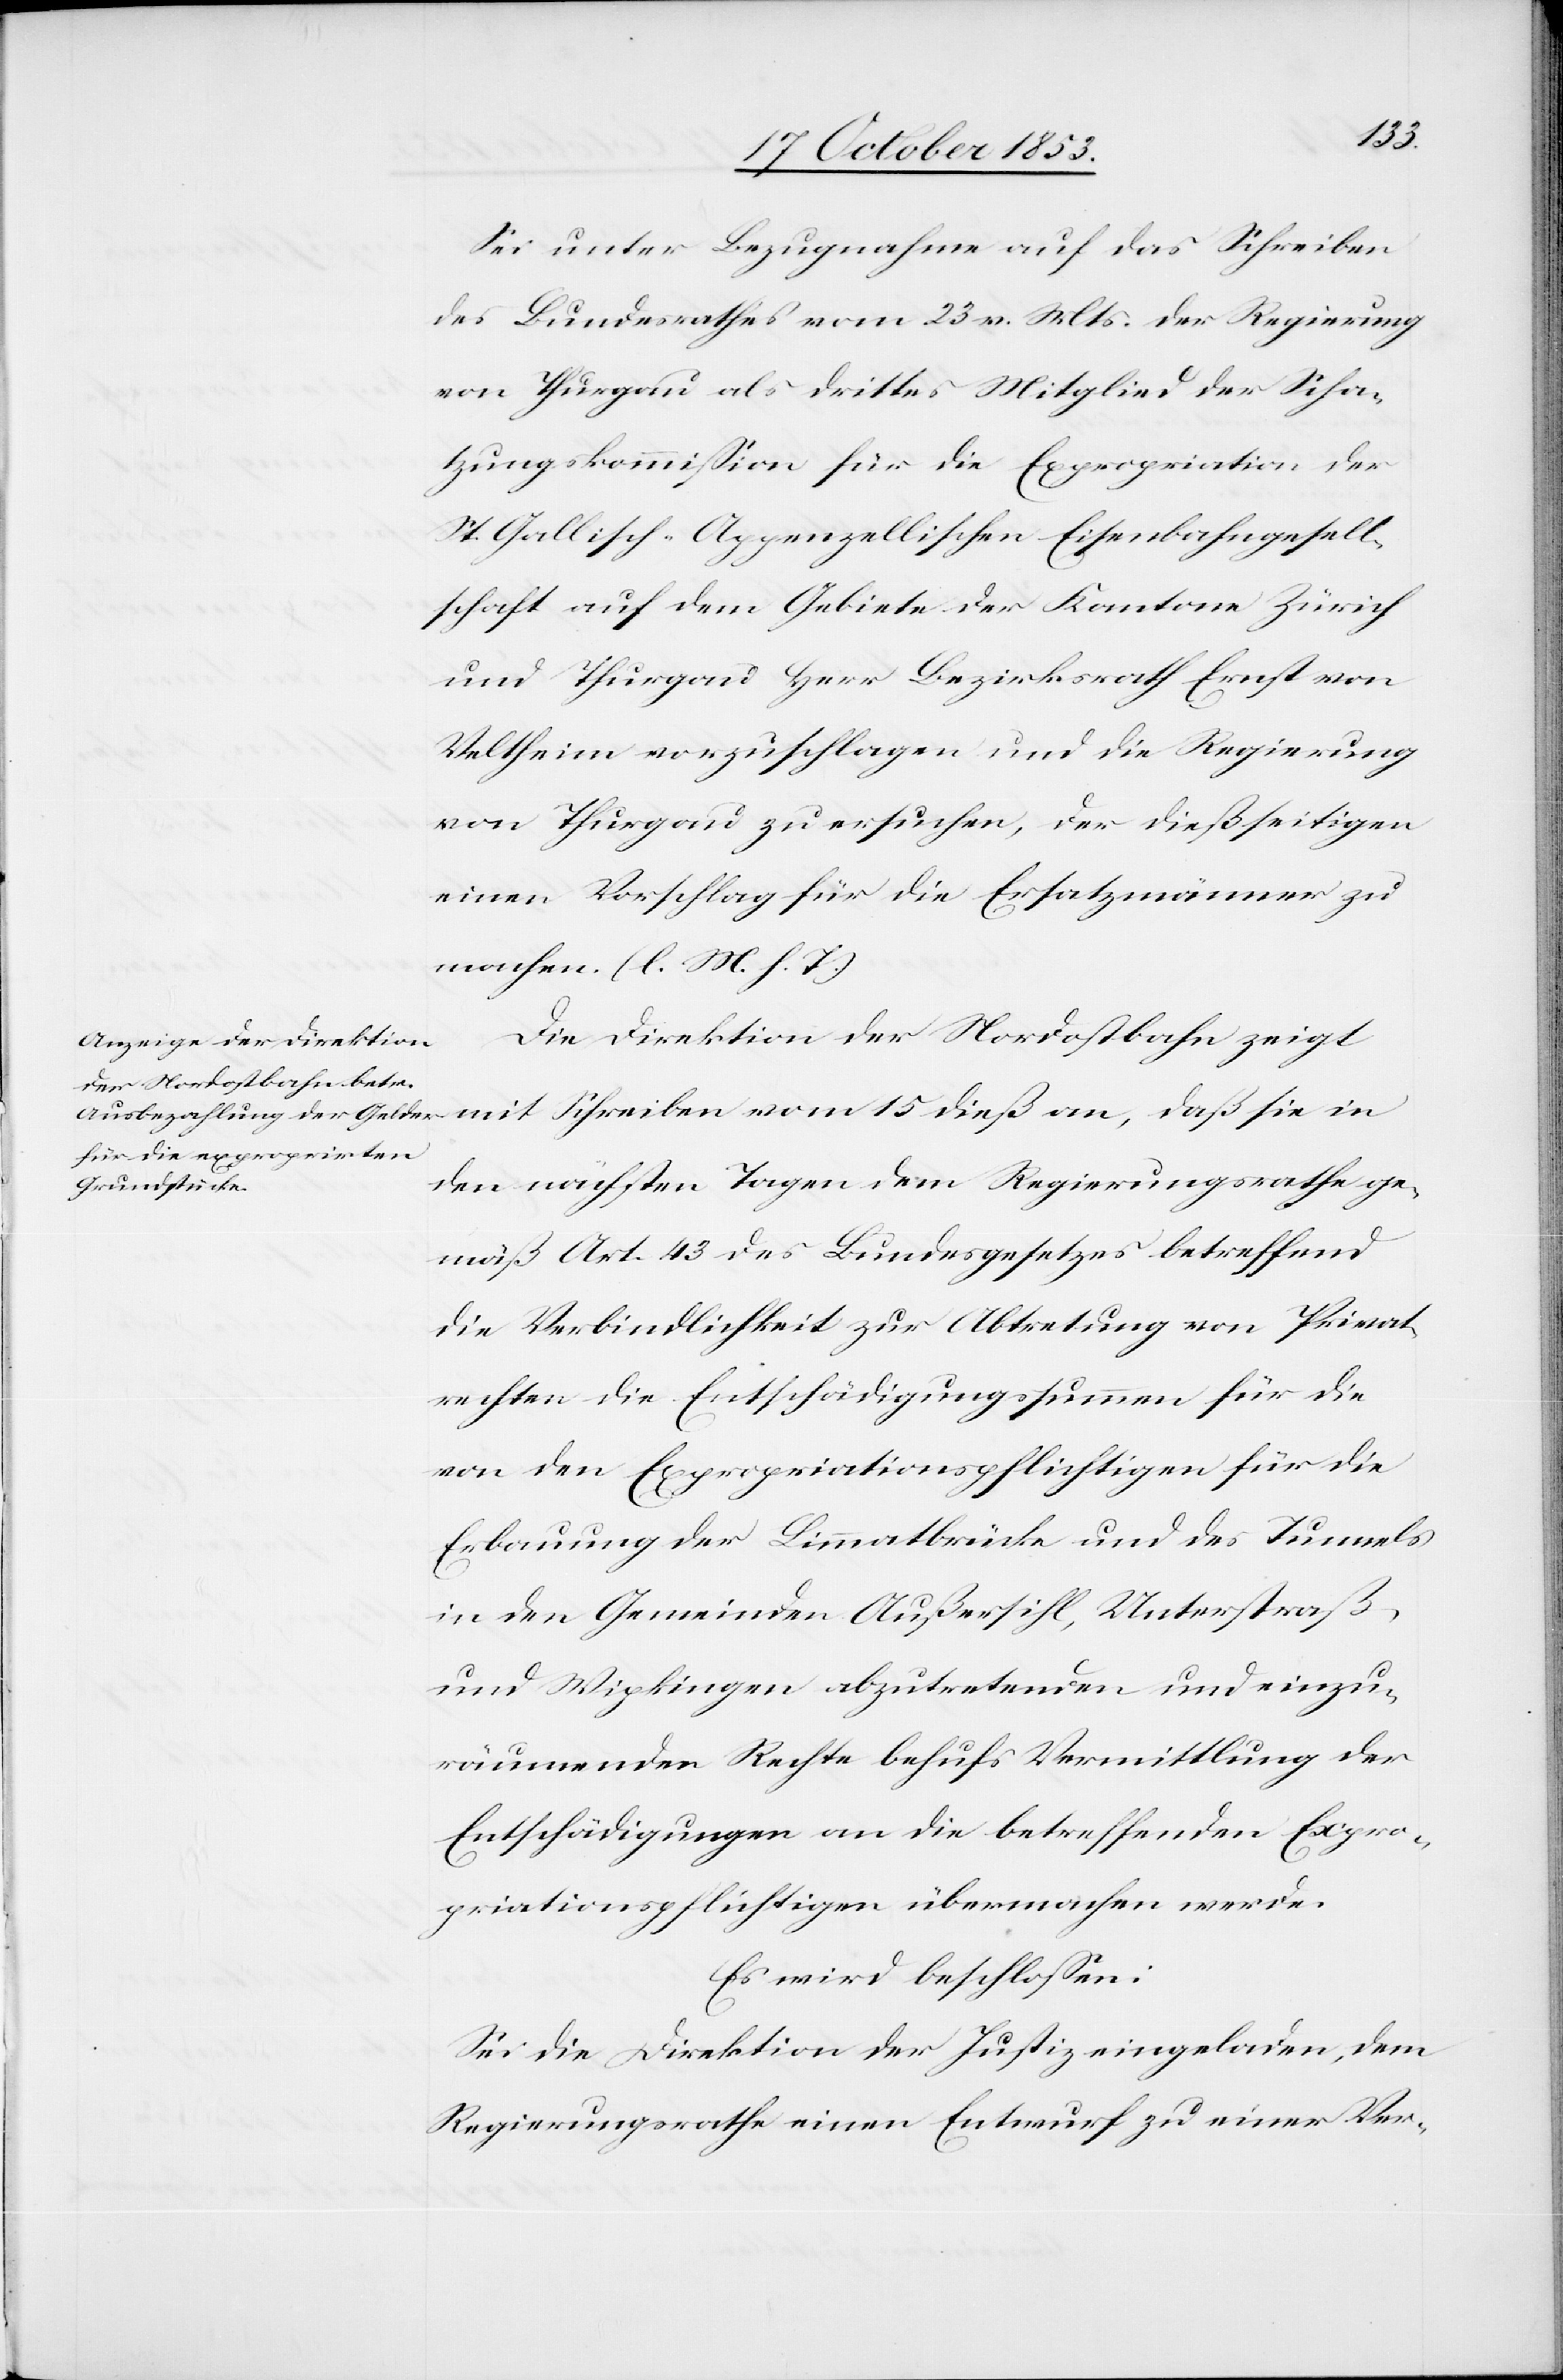
Sei unter Bezugnahme auf das Schreiben
des Bundesrathes vom 23 v. Mts. der Regierung
von Thurgau als drittes Mitglied der Scha¬
tzungskommißion für die Expropriation der
St. Gallisch-Appenzellischen Eisenbahngesell¬
schaft auf dem Gebiete der Kantone Zürich
und Thurgau Herr Bezirksrath Ernst von
Veltheim vorzuschlagen und die Regierung
von Thurgau zu ersuchen, der dießseitigen
einen Vorschlag für die Ersatzmänner zu
machen. [l. M. h. T]
Die Direktion der Nordostbahn zeigt
mit Schreiben vom 15 dieß an, daß sie in
den nächsten Tagen dem Regierungsrathe ge¬
mäß Art. 43 des Bundesgesetzes betreffend
die Verbindlichkeit zur Abtretung von Privat¬
rechten die Entschädigungssumme für die
von den Expropriationspflichtigen für die
Erbauung der Limmatbrücke und des Tunnels
in der Gemeinden Außersihl, Unterstraß,
und Wipkingen abzutretenden und einzu¬
räumenden Rechte behufs Vermittlung der
Entschädigungen an die betreffenden Expro¬
priationspflichtigen übermachen werde.
Es wird beschloßen:
Sei die Direktion der Justiz eingeladen, dem
Regierungsrathe einen Entwurf zu einer Ver-